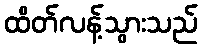
ထိတ်လန့်သွားသည်